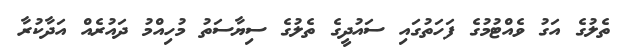
ތެލުގެ އަގު ވެއްޓުމުގެ ފަހަތުގައި ސައުދީގެ ތެލުގެ ސިޔާސަތު މުހިއްމު ދައުރެއް އަދާކުރާ